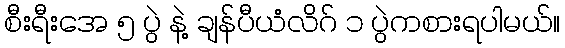
စီးရီးအေ ၅ ပွဲ နဲ့ ချန်ပီယံလိဂ် ၁ ပွဲကစားရပါမယ်။